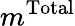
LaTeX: m^{\mathrm{Total}}